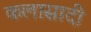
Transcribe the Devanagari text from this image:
कलासादी